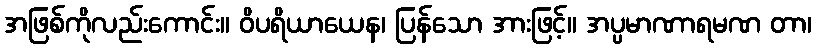
အဖြစ်ကိုလည်းကောင်း။ ဝိပရိယာယေန၊ ပြန်သော အားဖြင့်။ အပ္ပမာဏာရမဏ တာ၊